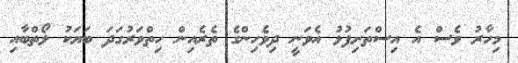
މިހާރު ވެސް އެ އިސްތަށިފުޅު އެވަނީ ދިވެހިންގެ ތެރެއިން ހިތްވަރުގަދަ ބަޔަކު ލޯތްބާއި